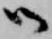
御